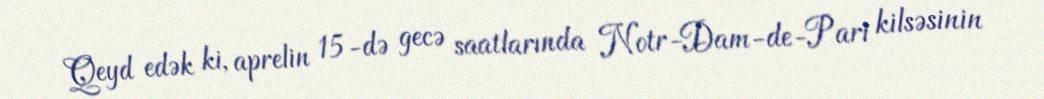
Qeyd edək ki, aprelin 15-də gecə saatlarında Notr-Dam-de-Pari kilsəsinin